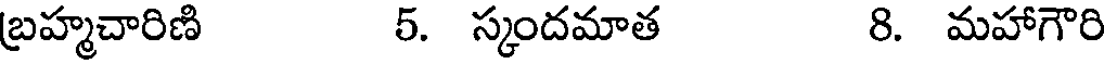
బ్రహ్మచారిణి 5. స్కందమాత 8. మహాగౌరి